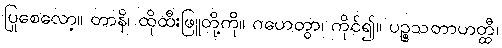
ပြုစေလော့။ တာနိ၊ ထိုထီးဖြူတို့ကို။ ဂဟေတွာ၊ ကိုင်၍။ ပဉ္စသတာဟတ္ထီ၊